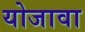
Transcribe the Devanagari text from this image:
योजावा